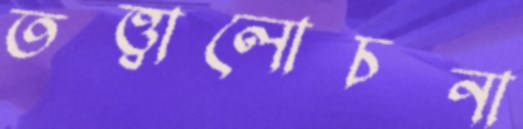
তত্ত্বালোচনা